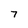
Character: 7